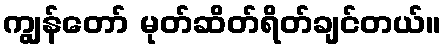
ကျွန်တော် မုတ်ဆိတ်ရိတ်ချင်တယ်။